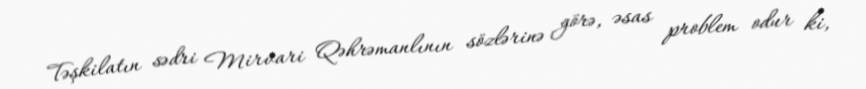
Təşkilatın sədri Mirvari Qəhrəmanlının sözlərinə görə, əsas problem odur ki,